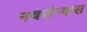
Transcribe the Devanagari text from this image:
नवसंन्यास